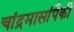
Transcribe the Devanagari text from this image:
चांद्रमासांपैकी